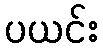
ပယင်း